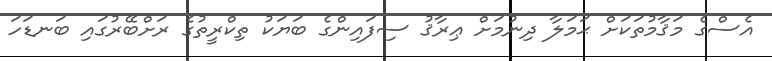
އެސްގެ މަޤާމުތަކަށް ޙަމަލާ ދިނުމަށް ޢިރާޤު ސިފައިންގެ ބަޔަކު ތިކްރީތުގެ ރަށްބޭރުގައި ބަނޑަހަ